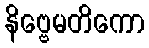
နိဗ္ဗေမတိကော